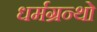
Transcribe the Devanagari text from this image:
धर्मग्रन्थो